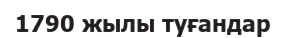
1790 жылы туғандар